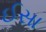
ઈસા